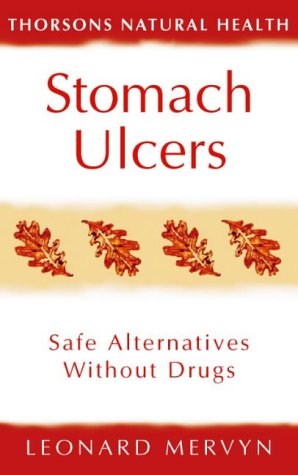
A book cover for Stomach Ulcers: Safe Alternatives Without Drugs (Revised) (Thorsons Natural Health); Leonard Mervyn; Health, Fitness & Dieting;